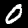
Label: 0